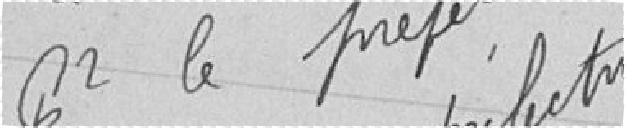
Pour le préfet